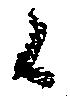
候